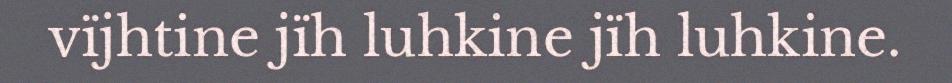
vïjhtine jïh luhkine jïh luhkine.